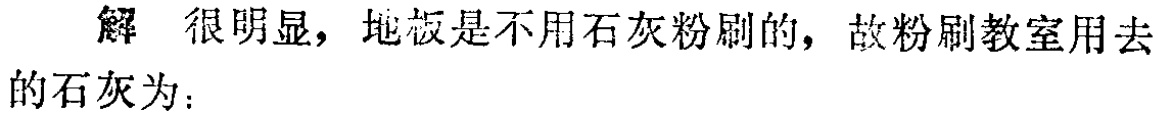
解 很明显，地板是不用石灰粉刷的，故粉刷教室用去的石灰为：